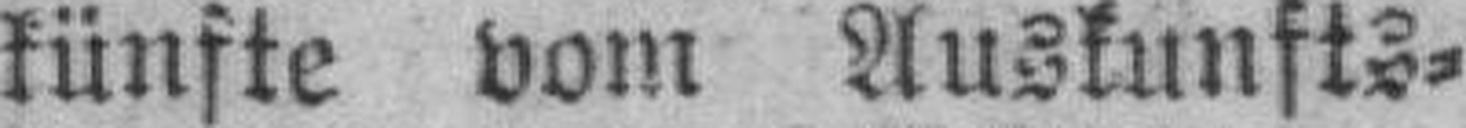
künfte vom Auskunfts¬